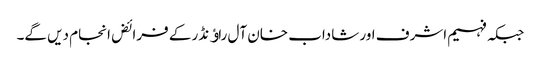
جبکہ فہیم اشرف اور شاداب خان آل راﺅنڈر کے فرائض انجام دیں گے۔